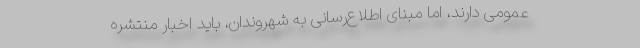
عمومی دارند، اما مبنای اطلاع‌رسانی به شهروندان، باید اخبار منتشره